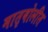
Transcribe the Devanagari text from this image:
मातृबोलीत